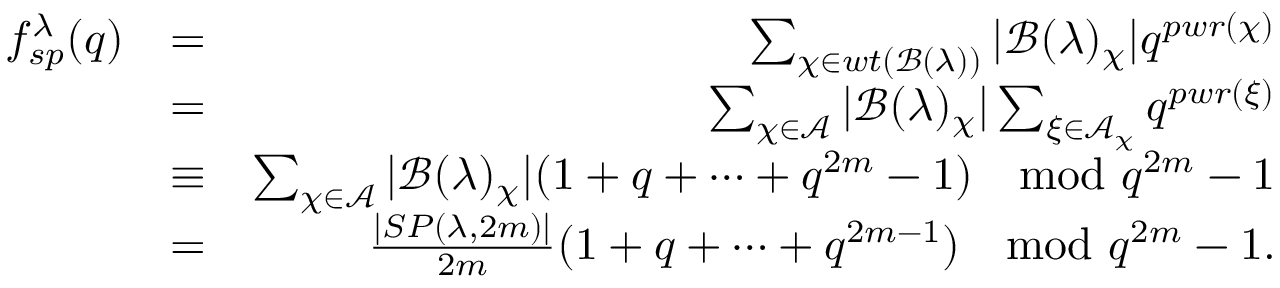
\begin{array} { r l r } { f _ { s p } ^ { \lambda } ( q ) } & { = } & { \sum _ { \chi \in w t ( \mathcal { B } ( \lambda ) ) } \vert \mathcal { B } ( \lambda ) _ { \chi } \vert q ^ { p w r ( \chi ) } } \\ & { = } & { \sum _ { \chi \in \mathcal { A } } \vert \mathcal { B } ( \lambda ) _ { \chi } \vert \sum _ { \xi \in \mathcal { A } _ { \chi } } q ^ { p w r ( \xi ) } } \\ & { \equiv } & { \sum _ { \chi \in \mathcal { A } } \vert \mathcal { B } ( \lambda ) _ { \chi } \vert ( 1 + q + \cdots + q ^ { 2 m } - 1 ) \mod q ^ { 2 m } - 1 } \\ & { = } & { \frac { \vert S P ( \lambda , 2 m ) \vert } { 2 m } ( 1 + q + \cdots + q ^ { 2 m - 1 } ) \mod q ^ { 2 m } - 1 . } \end{array}